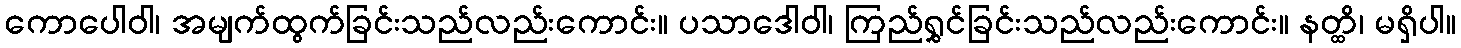
ကောပေါဝါ၊ အမျက်ထွက်ခြင်းသည်လည်းကောင်း။ ပသာဒေါဝါ၊ ကြည်ရွှင်ခြင်းသည်လည်းကောင်း။ နတ္ထိ၊ မရှိပါ။